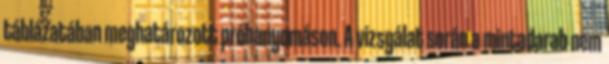
táblázatában meghatározott próbanyomáson. A vizsgálat során a mintadarab nem